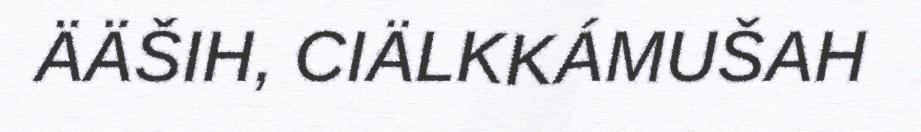
ÄÄŠIH, CIÄLKKÁMUŠAH